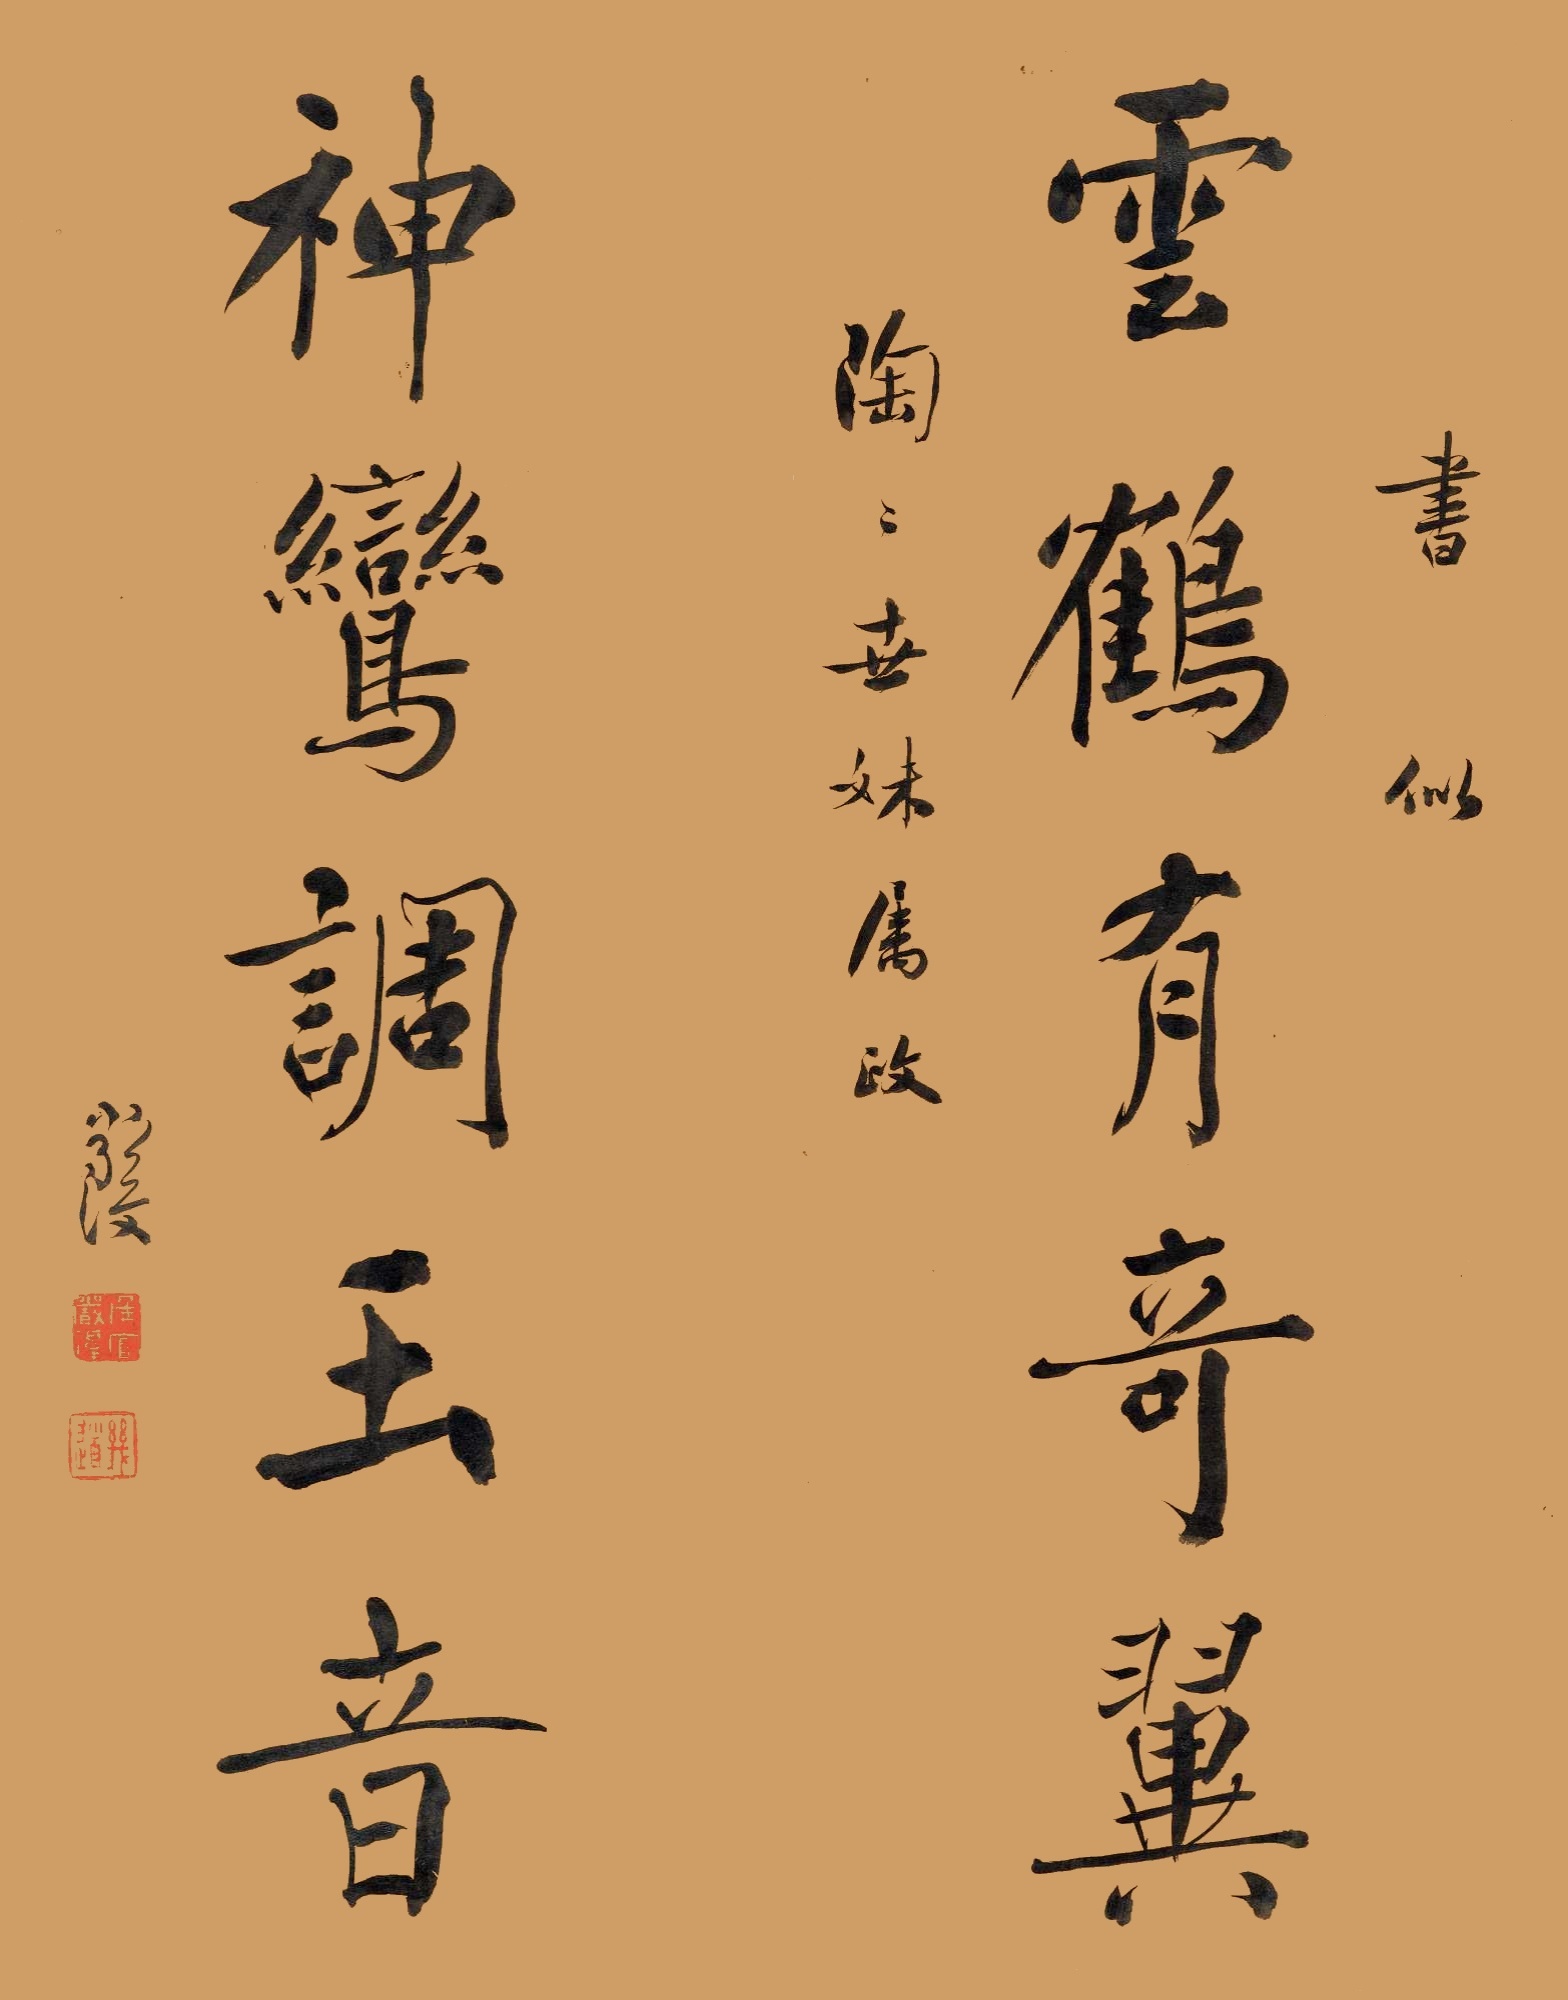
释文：云鹤有奇翼，神鸾调玉音。书似陶陶世妹属政。严复。